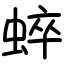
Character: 蜶